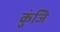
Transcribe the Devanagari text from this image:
कुंजि